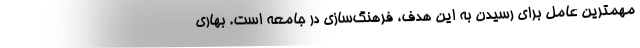
مهمترین عامل برای رسیدن به این هدف، فرهنگ‌سازی در جامعه است. بهاری